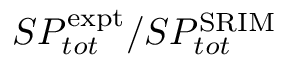
S P _ { t o t } ^ { \mathrm { e x p t } } / S P _ { t o t } ^ { \mathrm { S R I M } }